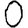
Digit: 0